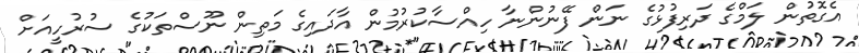
އެގޮތުން ލަމްގެ ދަރިފުޅުގެ ނަން ފޭނުންނާ ހިއްސާކުުރުމުން އާދައިގެ މަތިން ނޫސްތަކުގެ ސުރުހީއަށް